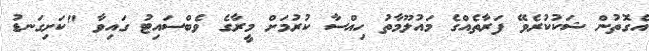
އެގޮތުން ޝަކުކުރެވޭ ފަރާތެއްގެ މައުލޫމާތު ހިއްސާ ކުރުމަށް މީރާގެ ވެބްސައިޓު ގައިވާ "ކަށިގަނޑު